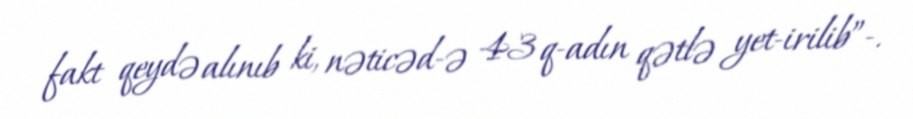
fakt qeydə alınıb ki, nəticəd­ə 43 q­adın qətlə yet­irilib”­.